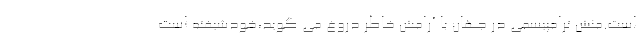
است.منش ترامپيسمي در جهان با آرامش خاطر دروغ مي گويد،خودشيفته است